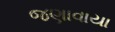
જણાવાયા